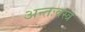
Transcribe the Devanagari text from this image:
अन्तःवस्त्र